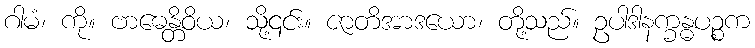
ဂါမံ၊ ကို။ ဗာဓေန္တိဝိယ၊ သို့၎င်း။ ဇာတိအာဒယော၊ တို့သည်။ ဥပါဒါနက္ခန္ဓပဉ္စက